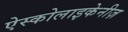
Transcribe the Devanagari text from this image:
ऐस्कोलाइकेनीज़